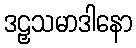
ဒဠှသမာဒါနော